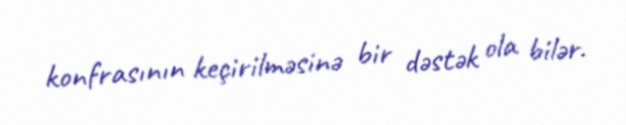
konfrasının keçirilməsinə bir dəstək ola bilər.